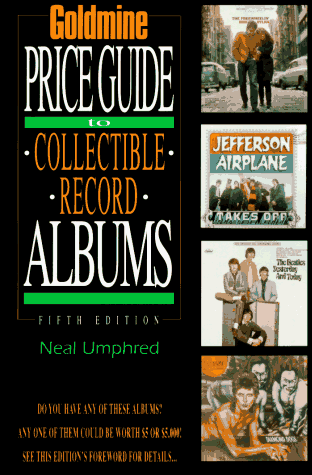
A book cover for Goldmine's Price Guide to Collectible Record Albums (Goldmine Price Guide to Collectible Record Albums); Neal Umphred; Crafts, Hobbies & Home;